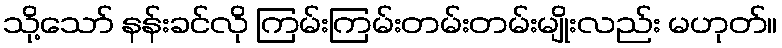
သို့သော် နန်းခင်လို ကြမ်းကြမ်းတမ်းတမ်းမျိုးလည်း မဟုတ်။